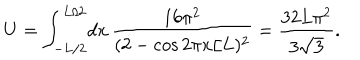
LaTeX: U = \int _ { - L / 2 } ^ { L / 2 } \! d x \, \frac { 1 6 \pi ^ { 2 } } { ( 2 - \cos 2 \pi x / L ) ^ { 2 } } = \frac { 3 2 L \pi ^ { 2 } } { 3 \sqrt { 3 } } .